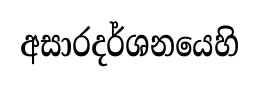
අසාරදර්ශනයෙහි